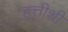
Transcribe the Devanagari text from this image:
हत्तीशी